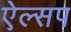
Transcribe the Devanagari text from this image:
ऐल्सप